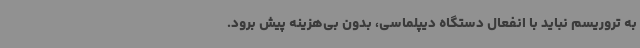
به تروریسم نباید با انفعال دستگاه دیپلماسی، بدون بی‌هزینه پیش برود.